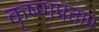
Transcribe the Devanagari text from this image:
कृष्णप्रताप